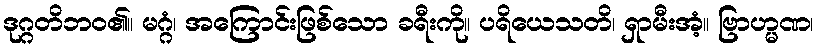
ဒုဂ္ဂတိဘဝ၏။ မဂ္ဂံ၊ အကြောင်းဖြစ်သော ခရီးကို။ ပရိယေသတိ၊ ရှာမီးအံ့။ ဗြာဟ္မဏ၊